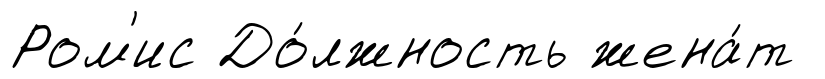
Ром'ис До́лжность жена́т